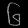
Digit: ၆